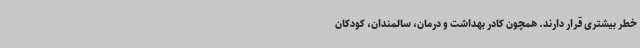
خطر بیشتری قرار دارند. همچون کادر بهداشت و درمان، سالمندان، کودکان